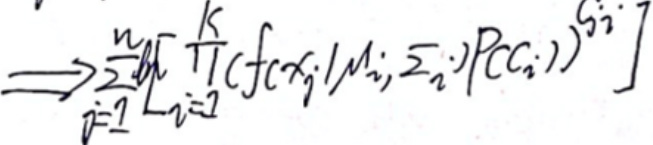
\[
\Longrightarrow \sum_{j = 1}^{M}\left[\prod_{i = 1}^{K}(f(x_{j}|\mu_{i},\Sigma_{i})P(c_{i}))^{g_{ij}}\right]
\]